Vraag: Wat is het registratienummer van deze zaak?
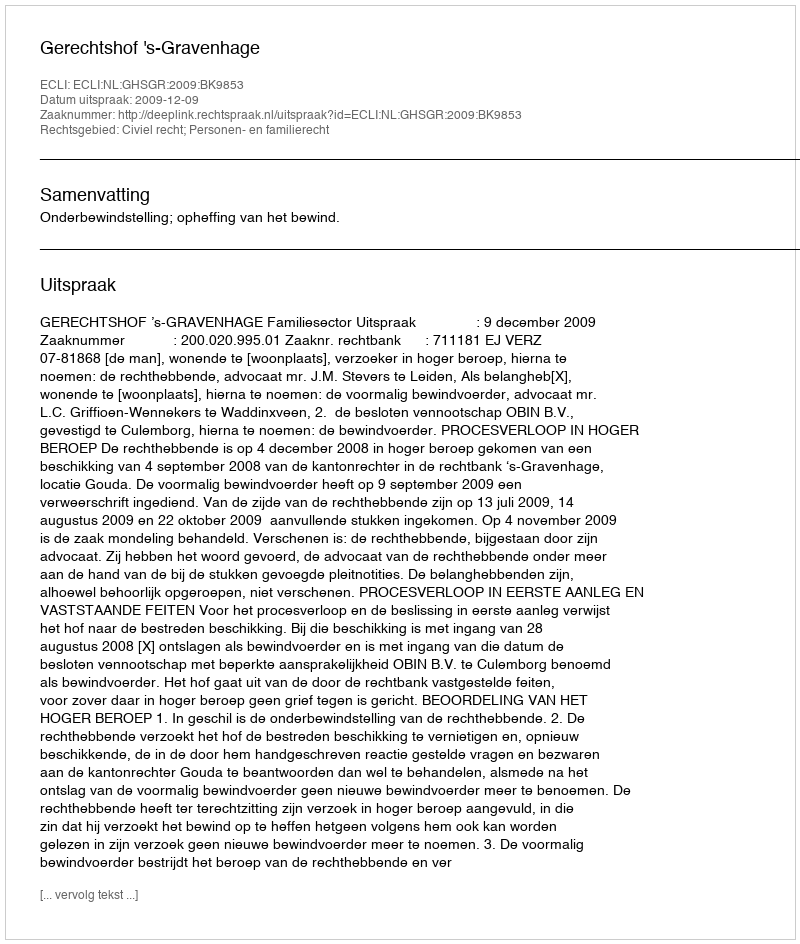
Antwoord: http://deeplink.rechtspraak.nl/uitspraak?id=ECLI:NL:GHSGR:2009:BK9853